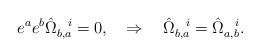
LaTeX: \begin{align*}e^ae^b\hat\Omega^{~~i}_{b,a}=0, \quad \Rightarrow \quad\hat\Omega^{~~i}_{b,a}=\hat\Omega^{~~i}_{a,b}.\end{align*}